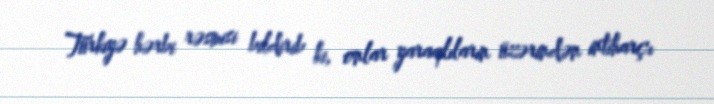
Türkiyə hərbi rəsmisi bildirib ki, onlar yaraqlıların üzərindən intiharçı